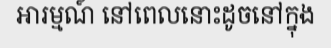
អារម្មណ៍ នៅពេលនោះដូចនៅក្នុង